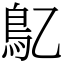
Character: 鳦